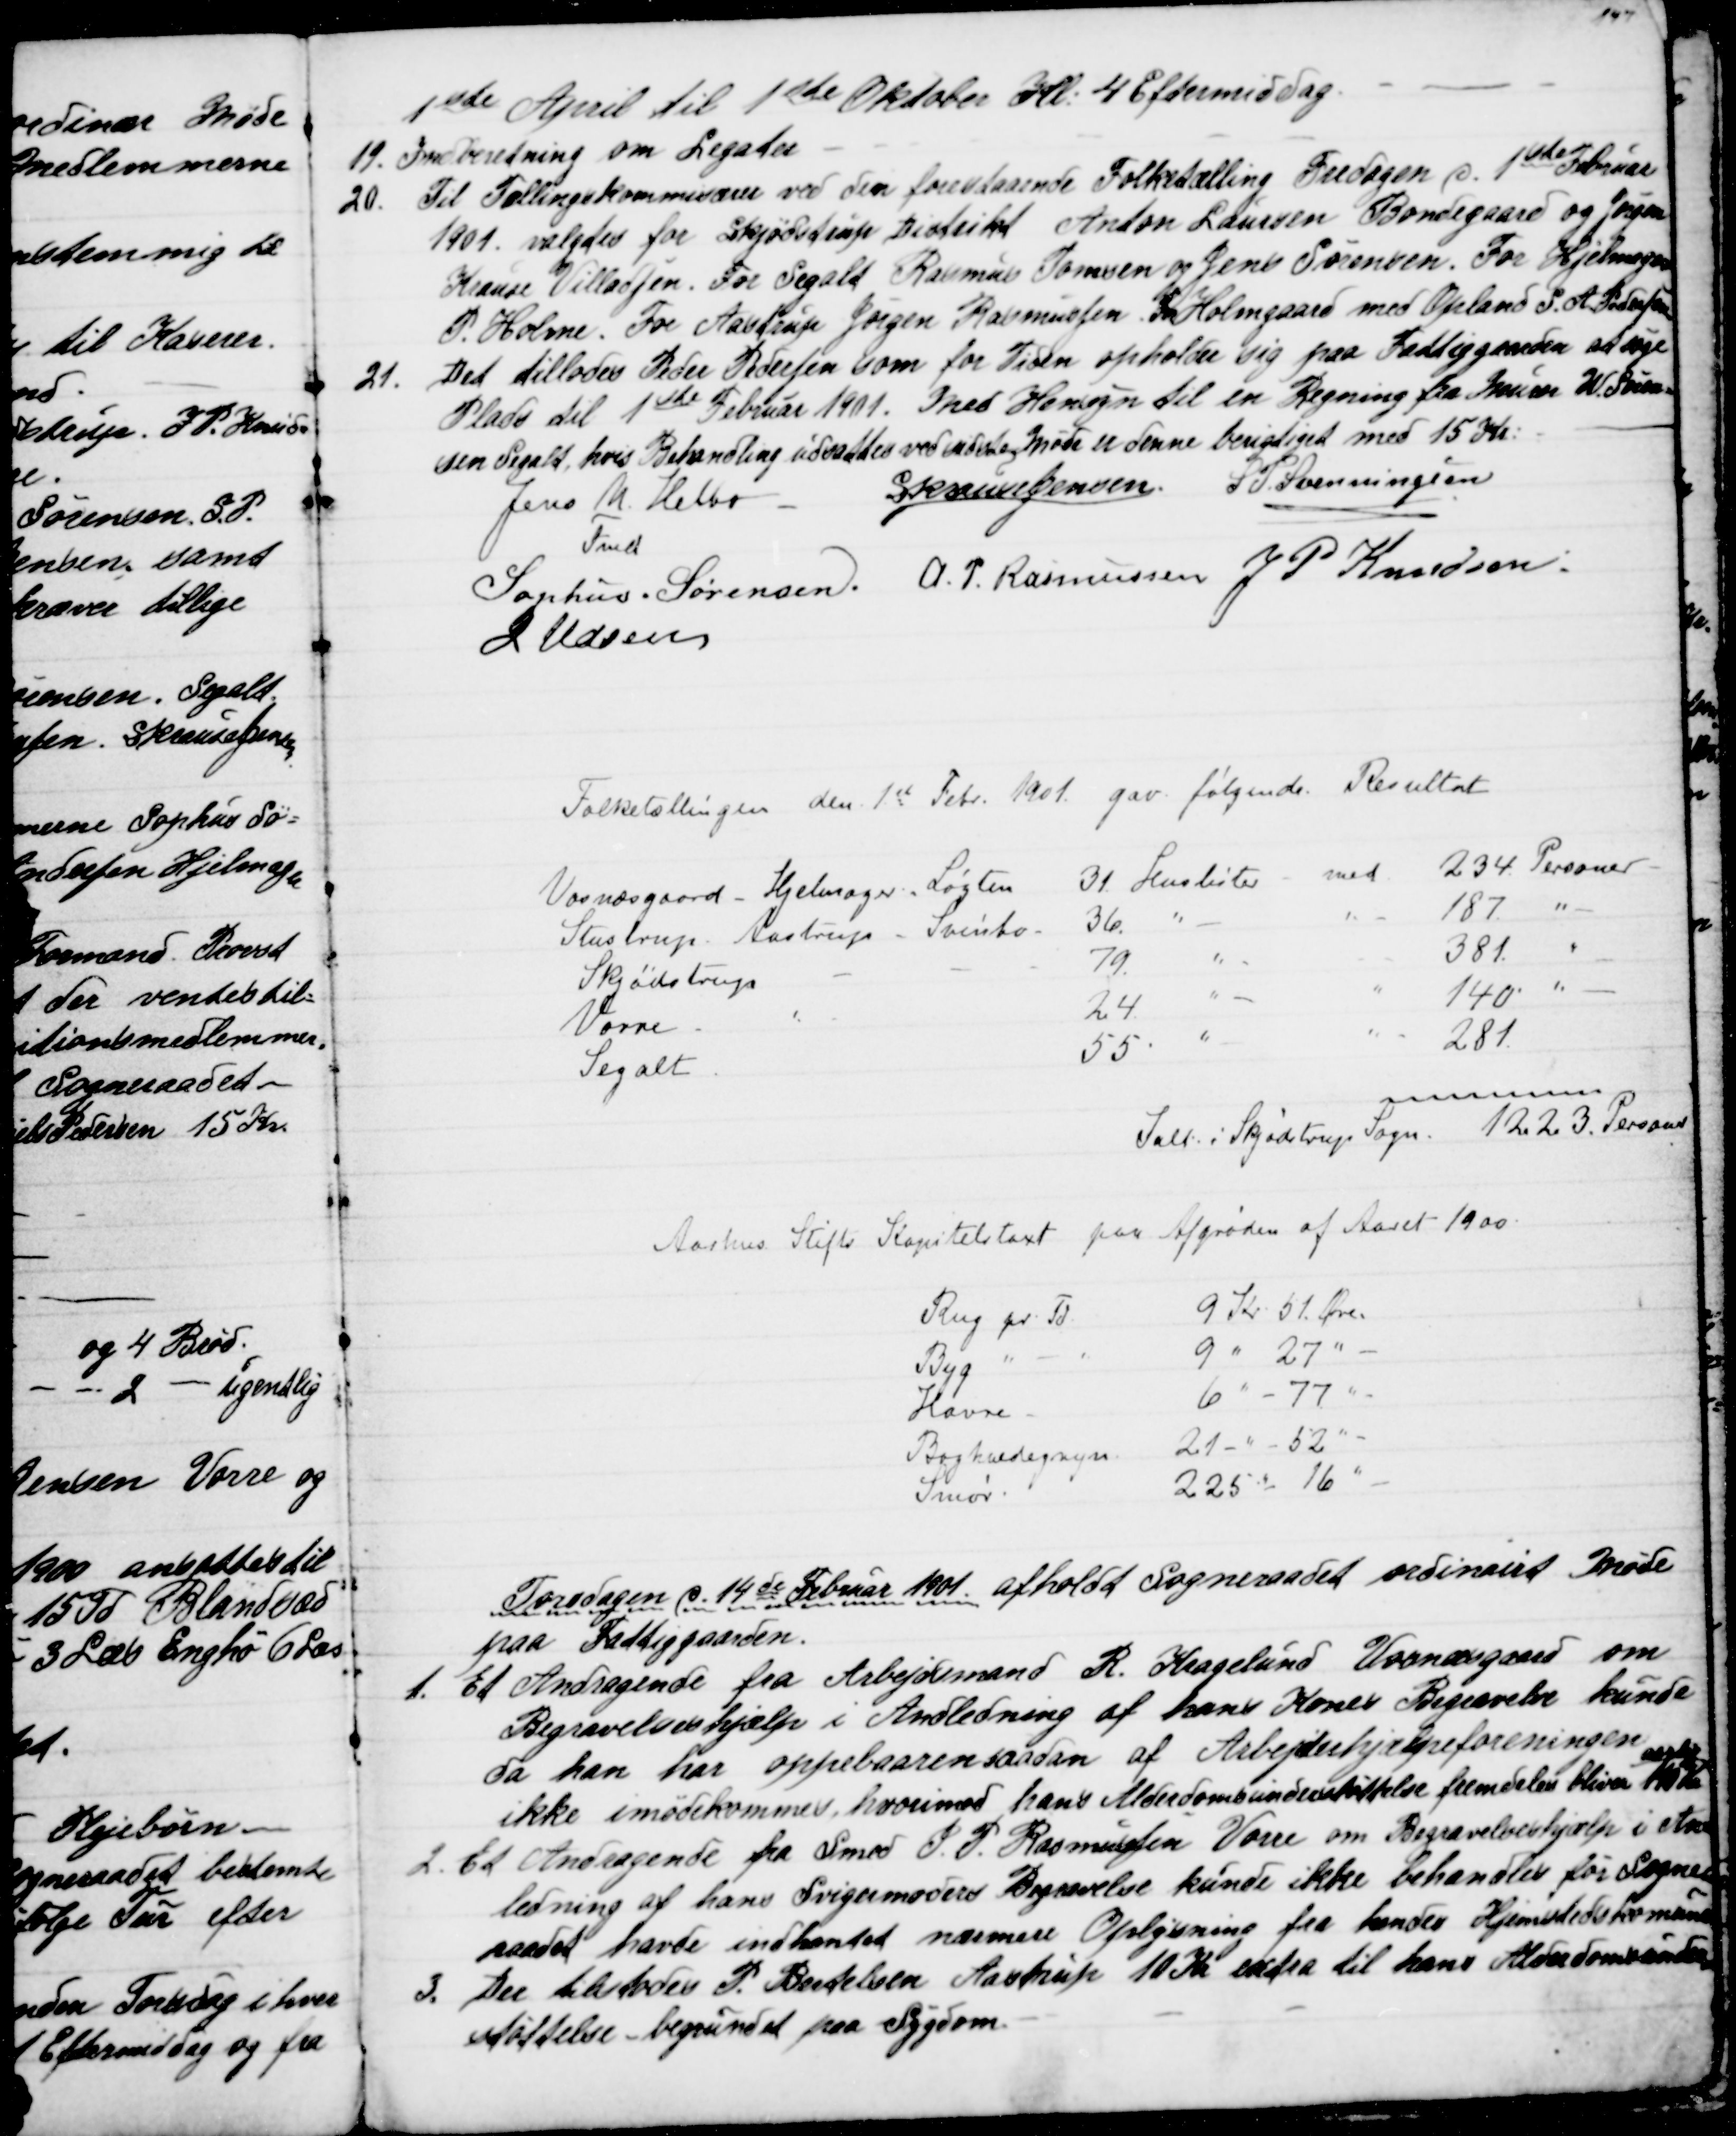
Transskription:
1ste April til 1ste Oktober Kl. 4 Eftermiddag.
19. Indberetning om Legater.
20. Til Tællingskommisærer ved den forestaaende Folketælling Fredagen d. 1ste Februar
1901 valgtes for Skjødstrup Distrikt Anton Laursen Bondegaard og Jørgen
Krause Villadsen. For Segalt Rasmus Tomsen og Jens Sørensen. For Hjelmager
P. Holme. For Aastrup Jørgen Rasmussen Holmgaard med Opland. S. A. Pedersen
21. Det tillodes Peder Pedersen som for Tiden opholder sig paa Fattiggaarden at søge
Plads til 1ste Februar 1901. Med Hensyn til en Regning fra Murer N Søren=
sen Segalt, hvis Behandling udsattes ved sidste Møde er denne berigtiget med 15 Kr.
Jens N. Helbo
Fmd.
S. Krause Jensen
S P. Svenningsen
Sophus . Sørensen.
A. P. Rasmussen
J P Knudsen.
J Udsen

Folketællingen den 1st Febr 1901 gav følgende Resultat
Vosnæsgaard - Hjelmager - Løgten 31 Huslister med 234 Personer
Stustrup - Aastrup - Svinbo 36 "
" 187 "
Skjødstrup
79 "
- 381 "
Vorre
24 "
" 140 "
Segalt
55 "
" 281
Ialt i Skjødstrup Sogn 1223 Personer

Aarhus Stifts Kapitelstaxt paa Afgrøder af Aaret 1900
Rug pr. Td
9 Kr 51. Øre
Byg " - "
9 " 27 "
Havre
6 " - 77 " 
Boghvedegryn
21 - " - 52 " 
Smør
225 " - 16 "

Torsdagen d. 14de Februar 1901 afholdt Sogneraadet ordinairt Møde
paa Fattiggaarden.
1. Et Andragende fra Arbejdsmand R. Kragelund Vosnæsgaard om
Begravelseshjælp i Andledning af hans Kones Begravelse kunde
da han har oppebaaren saadan af Arbejderhjælpeforeningen
ikke imødekommes, hvorimod hans Alderdomsunderstøttelse fremdeles bliver 100 Kr. 
aarlig
2. Et Andragende fra Smed J. P. Rasmussen Vorre om Begravelseshjælp i An=
ledning af hans Svigermors Begravelse kunde ikke behandles før Sogne
raadet havde indhentet nærmere Oplysning fra hendes Hjemstedskommune.
3. Der tilstodes P. Bertelsen Aastrup 10 Kr extra til hans Alderdomsunder
=
støttelse begrundet paa Sygdom.